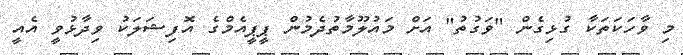
މި ވާހަކަތަކާ ގުޅިގެން "ވަގުތު" އަށް މައުލޫމާތުދެމުން ޕީޕީއެމްގެ އޮފިޝަލަކު ވިދާޅުވީ އެއީ